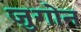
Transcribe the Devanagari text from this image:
जुगोन